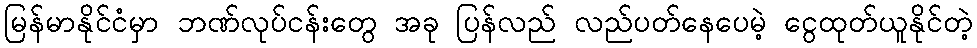
မြန်မာနိုင်ငံမှာ ဘဏ်လုပ်ငန်းတွေ အခု ပြန်လည် လည်ပတ်နေပေမဲ့ ငွေထုတ်ယူနိုင်တဲ့